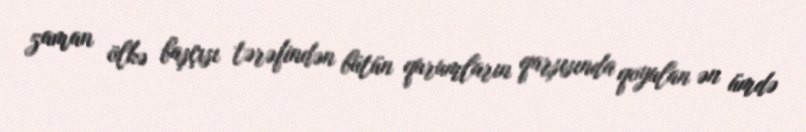
zaman ölkə başçısı tərəfindən bütün qurumların qarşısında qoyulan ən ümdə